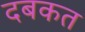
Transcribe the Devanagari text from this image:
दबकत